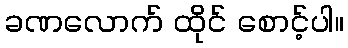
ခဏလောက် ထိုင် စောင့်ပါ။